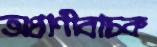
অপ্রাণীবাচক